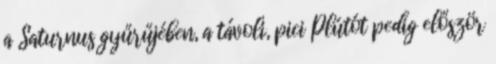
a Saturnus gyűrűjében, a távoli, pici Plútót pedig először